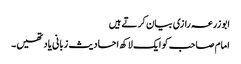
ابوزرعہ رازی بیان کرتے ہیں
امام صاحب کو ایک لاکھ احادیث زبانی یاد تھیں۔